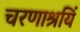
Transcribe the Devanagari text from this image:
चरणाश्रयिं